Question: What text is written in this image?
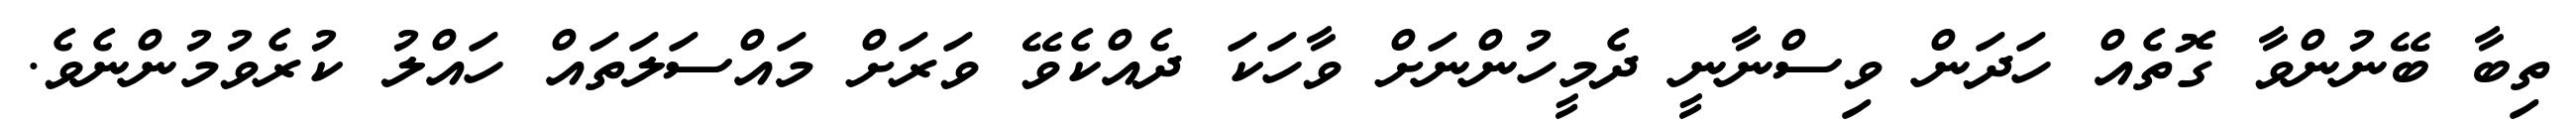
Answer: ތިބާ ބޭނުންވާ ގޮތެއް ހަދަން ވިސްނާނީ ދެމީހުންނަށް ވާހަކަ ދެއްކެވޭ ވަރަށް މައްސަލަތައް ހައްލު ކުރެވުމުންނެވެ.